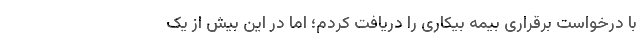
با درخواست برقراری بیمه بیکاری را دریافت کردم؛ اما در این بیش از یک